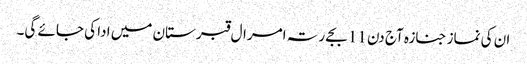
ان کی نماز جنازہ آج دن 11 بجے رتہ امرال قبرستان میں ادا کی جائے گی۔